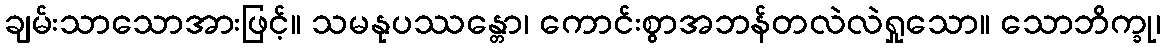
ချမ်းသာသောအားဖြင့်။ သမနုပဿန္တော၊ ကောင်းစွာအဘန်တလဲလဲရှုသော။ သောဘိက္ခု၊